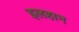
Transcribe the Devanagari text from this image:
इलहान